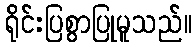
ရိုင်းပြစွာပြုမူသည်။